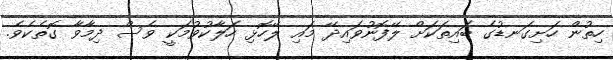
ހިތުން ހަށިގަނޑުގެ ބައިތަކަށް ލޭފޮނުވައިދޭ މައި ލޭހޮޅި ހަލާކުވުމަކީ ވެސް ދިމާވާ ގޮތެކެވެ.